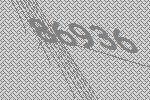
86936